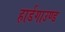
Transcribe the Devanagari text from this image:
हार्डगाउण्ड